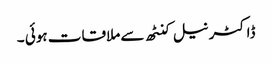
ڈاکٹر نیل کنٹھ سے ملاقات ہوئی ۔